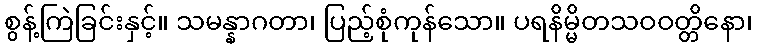
စွန့်ကြဲခြင်းနှင့်။ သမန္နာဂတာ၊ ပြည့်စုံကုန်သော။ ပရနိမ္မိတသဝဝတ္တိနော၊